Report of the Indian Hemp Drugs Commission, 1894-1895 - Volume I
Year: 1894
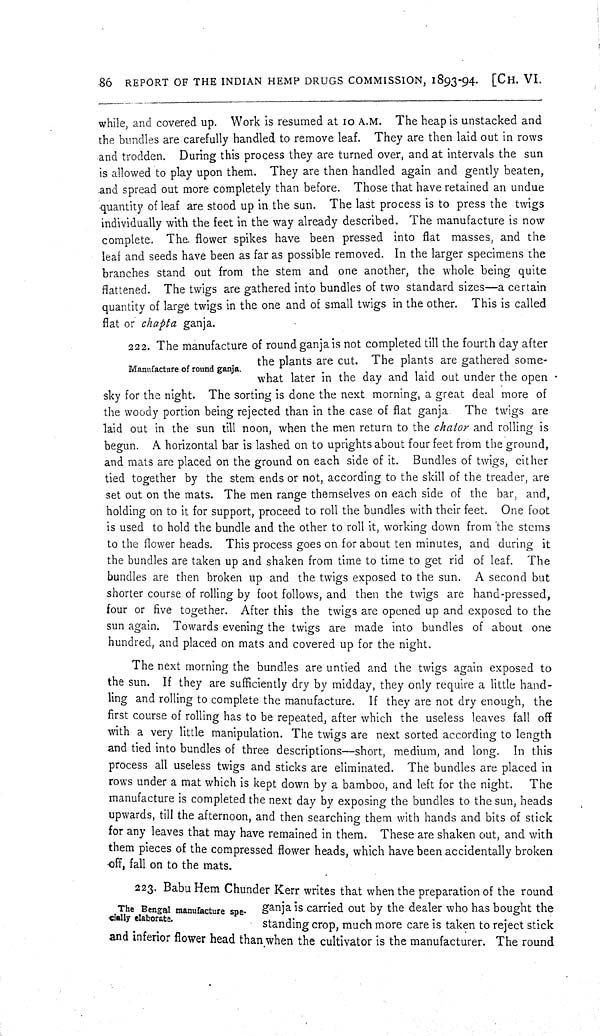
86 REPORT OF THE INDIAN HEMP DRUGS COMMISSION, 1893-94. [CH. VI.
while, and covered up. Work is resumed at 10 A.M. The heap is unstacked and
the bundles are carefully handled to remove leaf. They are then laid out in rows
and trodden. During this process they are turned over, and at intervals the sun
is allowed to play upon them. They are then handled again and gently beaten,
and spread out more completely than before. Those that have retained an undue
quantity of leaf are stood up in the sun. The last process is to press the twigs
individually with the feet in the way already described. The manufacture is now
complete. The flower spikes have been pressed into flat masses, and the
leaf and seeds have been as far as possible removed. In the larger specimens the
branches stand out from the stem and one another, the whole being quite
flattened. The twigs are gathered into bundles of two standard sizes—a certain
quantity of large twigs in the one and of small twigs in the other. This is called
flat or chapta ganja.
Manufacture of round ganja.
222. The manufacture of round ganja is not completed till the fourth day after
the plants are cut. The plants are gathered some-
what later in the day and laid out under the open
sky for the night. The sorting is done the next morning, a great deal more of
the woody portion being rejected than in the case of flat ganja. The twigs are
laid out in the sun till noon, when the men return to the chator and rolling is
begun. A horizontal bar is lashed on to uprights about four feet from the ground,
and mats are placed on the ground on each side of it. Bundles of twigs, either
tied together by the stem ends or not, according to the skill of the treader, are
set out on the mats. The men range themselves on each side of the bar, and,
holding on to it for support, proceed to roll the bundles with their feet. One foot
is used to hold the bundle and the other to roll it, working down from the stems
to the flower heads. This process goes on for about ten minutes, and during it
the bundles are taken up and shaken from time to time to get rid of leaf. The
bundles are then broken up and the twigs exposed to the sun. A second but
shorter course of rolling by foot follows, and then the twigs are hand-pressed,
four or five together. After this the twigs are opened up and exposed to the
sun again. Towards evening the twigs are made into bundles of about one
hundred, and placed on mats and covered up for the night.
The next morning the bundles are untied and the twigs again exposed to
the sun. If they are sufficiently dry by midday, they only require a little hand-
ling and rolling to complete the manufacture. If they are not dry enough, the
first course of rolling has to be repeated, after which the useless leaves fall off
with a very little manipulation. The twigs are next sorted according to length
and tied into bundles of three descriptions—short, medium, and long. In this
process all useless twigs and sticks are eliminated. The bundles are placed in
rows under a mat which is kept down by a bamboo, and left for the night.
The
manufacture is completed the next day by exposing the bundles to the sun, heads
upwards, till the afternoon, and then searching them with hands and bits of stick
for any leaves that may have remained in them. These are shaken out, and with
them pieces of the compressed flower heads, which have been accidentally broken
off, fall on to the mats.
The Bengal manufacture spe-
cially elaborate.
223. Babu Hem Chunder Kerr writes that when the preparation of the round
ganja is carried out by the dealer who has bought the
standing crop, much more care is taken to reject stick
and inferior flower head than when the cultivator is the manufacturer. The round